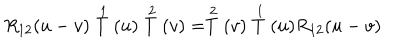
R _ { 1 2 } ( u - v ) \stackrel { 1 } { T } ( u ) \stackrel { 2 } { T } ( v ) = \stackrel { 2 } { T } ( v ) \stackrel { 1 } { T } ( u ) R _ { 1 2 } ( u - v )